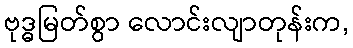
ဗုဒ္ဓမြတ်စွာ လောင်းလျာတုန်းက,